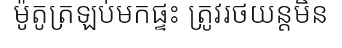
ម៉ូតូត្រឡប់មកផ្ទះ ត្រូវរថយន្តមិន